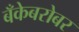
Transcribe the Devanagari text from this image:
बँकेबरोबर